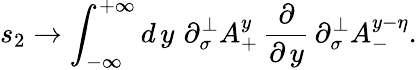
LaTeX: s_{2}\rightarrow\int_{-\infty}^{+\infty}d\, y\, \, \partial_{\sigma}^{\perp}A_{+}^{y}\, \frac\partial{\partial\, y}\, \partial_{\sigma}^{\perp}A_{-}^{y-\eta}.